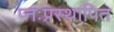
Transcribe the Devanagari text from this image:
प्नःप्रस्थापित